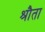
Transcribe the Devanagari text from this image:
श्रौता